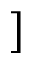
]